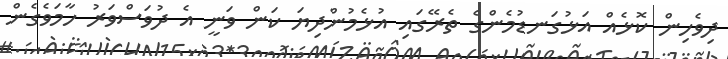
ދިވެހިން ކޮޅެއް އަޅުގަނޑުމެންގެ ތެރޭގައި އުޅެމުންދިޔަ ކަން ވަނީ އެ ދުވަސްވަރު ހާމަވެގެން